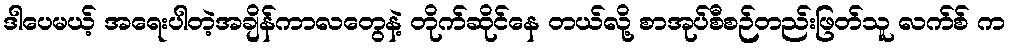
ဒါပေမယ့် အရေးပါတဲ့အချိန်ကာလတွေနဲ့ တိုက်ဆိုင်နေ တယ်လို့ စာအုပ်စီစဉ်တည်းဖြတ်သူ လက်စ် က